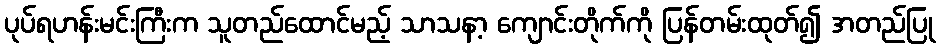
ပုပ်ရဟန်းမင်းကြီးက သူတည်ထောင်မည့် သာသနာ့ ကျောင်းတိုက်ကို ပြန်တမ်းထုတ်၍ အတည်ပြု